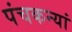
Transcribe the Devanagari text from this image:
पंचकन्यां